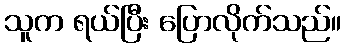
သူက ရယ်ပြီး ပြောလိုက်သည်။